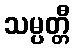
သမ္ပတ္တီ